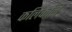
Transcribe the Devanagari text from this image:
कलिकेलि